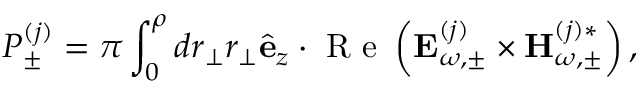
P _ { \pm } ^ { ( j ) } = \pi \int _ { 0 } ^ { \rho } d r _ { \perp } r _ { \perp } \hat { \bf e } _ { z } \cdot \mathrm { ~ R ~ e ~ } \left( { \bf E } _ { \omega , \pm } ^ { ( j ) } \times { \bf H } _ { \omega , \pm } ^ { ( j ) * } \right) ,